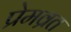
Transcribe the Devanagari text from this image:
प्रेमव्रत